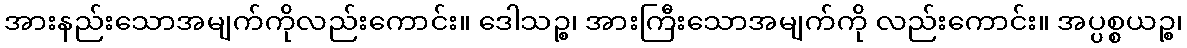
အားနည်းသောအမျက်ကိုလည်းကောင်း။ ဒေါသဉ္စ၊ အားကြီးသောအမျက်ကို လည်းကောင်း။ အပ္ပစ္စယဉ္စ၊